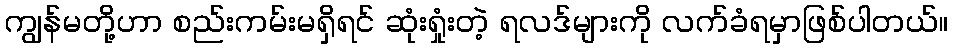
ကျွန်မတို့ဟာ စည်းကမ်းမရှိရင် ဆုံးရှုံးတဲ့ ရလဒ်များကို လက်ခံရမှာဖြစ်ပါတယ်။